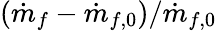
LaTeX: (\dot{m}_{f}-\dot{m}_{f,0})/\dot{m}_{f,0}